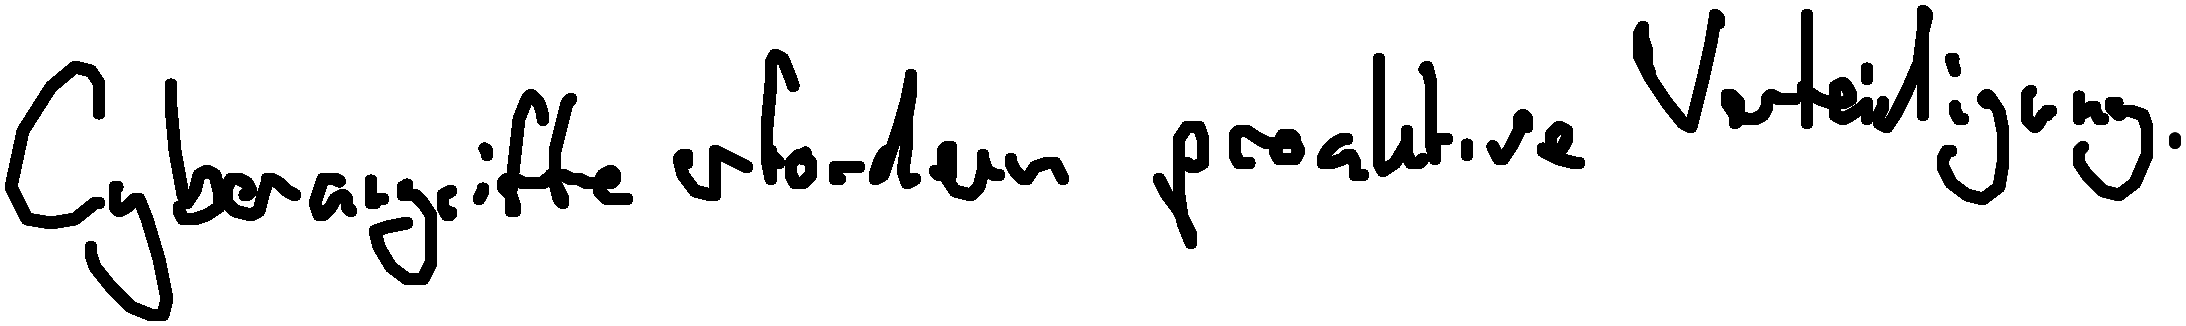
Cyberangriffe erfordern proaktive Verteidigung.